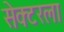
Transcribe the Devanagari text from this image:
सेक्‍टरला